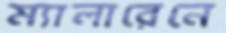
ম্যালারেনে